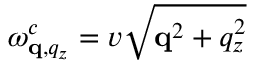
\omega _ { \mathbf q , q _ { z } } ^ { c } = v \sqrt { \mathbf q ^ { 2 } + q _ { z } ^ { 2 } }